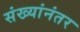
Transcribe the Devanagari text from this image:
संख्यांनंतर